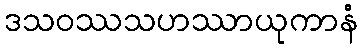
ဒသဝဿသဟဿာယုကာနံ